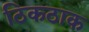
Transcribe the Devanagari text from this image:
ठिकठाक